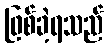
ဖြစ်ခဲ့ရသည်